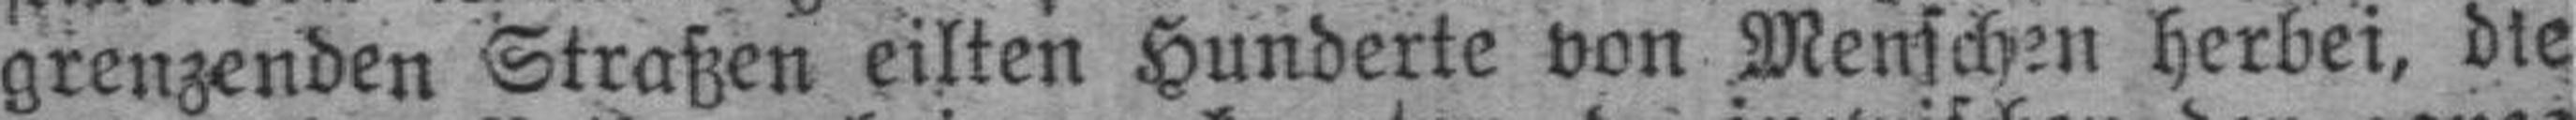
grenzenden Straßen eilten Hunderte von Menschen herbei, die